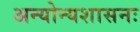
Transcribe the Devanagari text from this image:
अन्योन्यशासनः